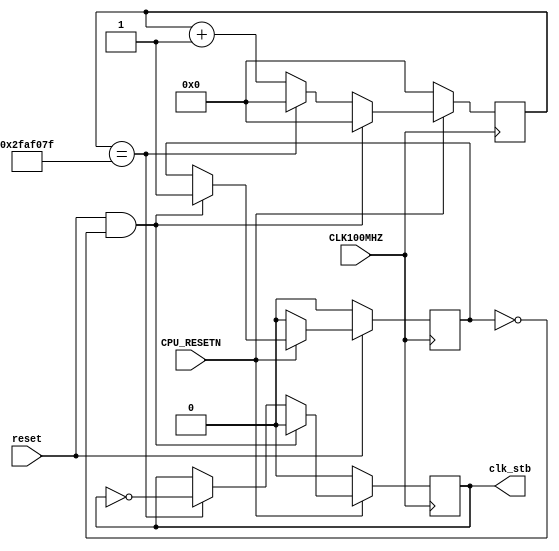
`timescale 1ns / 1ps
//////////////////////////////////////////////////////////////////////////////////
// Company: 
// Engineer: 
// 
// Design Name: 
// Module Name: clk_1hz
// Project Name: 
// Target Devices: 
// Tool Versions: 
// Description: 
// 
// Dependencies: 
// 
// Revision:
// Revision 0.01 - File Created
// Additional Comments:
// 
//////////////////////////////////////////////////////////////////////////////////


module clk_1hz(
    input CLK100MHZ,
    input CPU_RESETN,
    input reset,
    output reg clk_stb
    );
    
    localparam half_period = 50000000;
    
    reg [25:0] counter;
    reg ncount;
    
    always @(posedge CLK100MHZ)begin
        if(~CPU_RESETN)begin
            counter <= 0;
            clk_stb <= 0;
            ncount <= 0;
        end else if(reset & ~ncount)begin
            counter <= 0;
            clk_stb <= 0;
            ncount <= 1;
        end else if(counter == half_period - 1)begin
            counter <= 0;
            clk_stb <= ~clk_stb;
        end else
            counter <= counter + 1;
            
        if(~reset)
            ncount <= 0;  
    end
endmodule